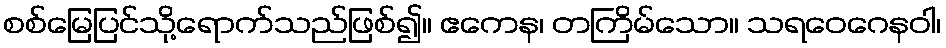
စစ်မြေပြင်သို့ရောက်သည်ဖြစ်၍။ ဧကေန၊ တကြိမ်သော။ သရဝေဂေနဝါ၊